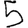
Digit: 5